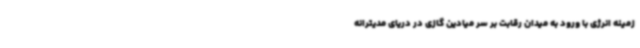
زمینه انرژی با ورود به میدان رقابت بر سر میادین گازی در دریای مدیترانه